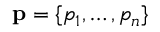
\mathbf { p } = \{ p _ { 1 } , \ldots , p _ { n } \}